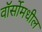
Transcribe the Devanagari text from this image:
वॉर्सोमधील